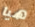
هيا